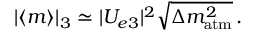
| \langle { m } \rangle | _ { 3 } \simeq | U _ { e 3 } | ^ { 2 } \sqrt { \Delta { m } _ { \mathrm { a t m } } ^ { 2 } } \, .